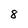
Character: 8